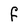
Character: F